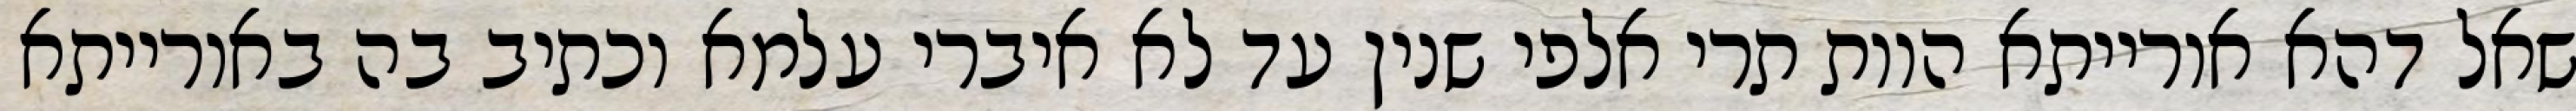
שאל דהא אורייתא הוות תרי אלפי שנין עד לא איברי עלמא וכתיב בה באורייתא